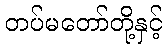
တပ်မတော်တို့နှင့်